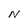
Character: N